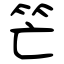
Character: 笀